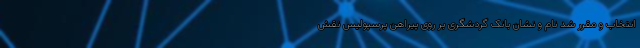
انتخاب و مقرر شد نام و نشان بانک گردشگری بر روی پیراهن پرسپولیس نقش